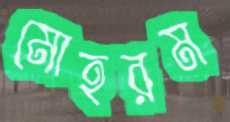
মোহরম